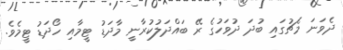
ދެވަނަ މެޗުގައި ބުދަ ދުވަހުގެ ރޭ ބައްދަލުކުރާނީ މާދަޑު ޓީމާއި ހޯދަޑު ޓީމެވެ.